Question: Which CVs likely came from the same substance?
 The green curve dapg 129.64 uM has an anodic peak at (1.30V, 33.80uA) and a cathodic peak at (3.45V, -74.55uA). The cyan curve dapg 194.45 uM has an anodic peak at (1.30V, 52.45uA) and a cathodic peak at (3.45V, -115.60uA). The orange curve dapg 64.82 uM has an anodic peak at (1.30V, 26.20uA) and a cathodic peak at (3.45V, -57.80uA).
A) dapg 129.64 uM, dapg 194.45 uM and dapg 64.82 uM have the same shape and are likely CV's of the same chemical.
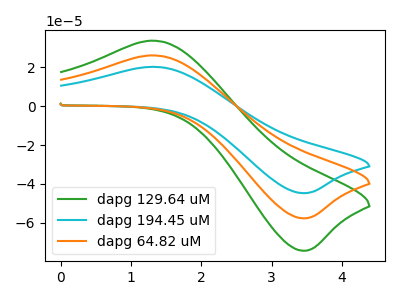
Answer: <think>All the peaks in "dapg 129.64 uM" have a peak in "dapg 194.45 uM" at the same potential. Every peak in "dapg 129.64 uM" is lower than every peak in "dapg 194.45 uM". All the peaks in "dapg 129.64 uM" have a peak in "dapg 64.82 uM" at the same potential. Every peak in "dapg 129.64 uM" is higher than every peak in "dapg 64.82 uM". All the peaks in "dapg 194.45 uM" have a peak in "dapg 64.82 uM" at the same potential. Every peak in "dapg 194.45 uM" is higher than every peak in "dapg 64.82 uM".
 </think>
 <answer>A) "dapg 129.64 uM", "dapg 194.45 uM" and "dapg 64.82 uM" have the same shape and are likely CV's of the same chemical.</answer>
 <eval>A</eval>